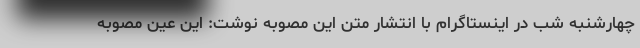
چهارشنبه شب در اینستاگرام با انتشار متن این مصوبه نوشت: این عین مصوبه